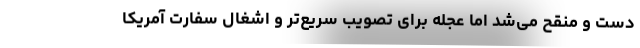
دست و منقح می‌شد اما عجله برای تصویب سریع‌تر و اشغال سفارت آمریکا